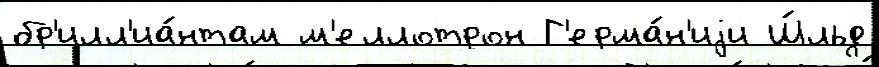
бр'илл'иа́нтам м'еллотрон Г'ерма́н'иjи Ш́льд